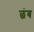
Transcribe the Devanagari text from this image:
छंब